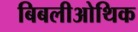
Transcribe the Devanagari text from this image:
बिबलीओथिक